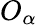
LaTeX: O_{\alpha}